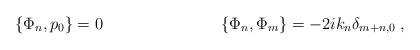
LaTeX: \begin{align*}\{\Phi_n,p_0\} = 0 \hspace{3cm} \{\Phi_n,\Phi_m\} = -2ik_n\delta_{m+n,0}\; ,\end{align*}